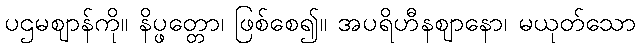
ပဌမဈာန်ကို။ နိပ္ဖတ္တော၊ ဖြစ်စေ၍။ အပရိဟီနဈာနော၊ မယုတ်သော